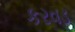
કરવડ